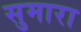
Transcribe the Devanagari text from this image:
सुमारा